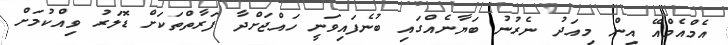
އެމްއެމްއޭ އިން މިއަދު ނެރުނު ބަޔާނެއްގައި ބުނެފައިވަނީ ހައްޖަށްދާ ފަރާތްތަކަށް ޑޮލަރު ވިއްކުމަށް